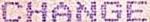
CHANGE